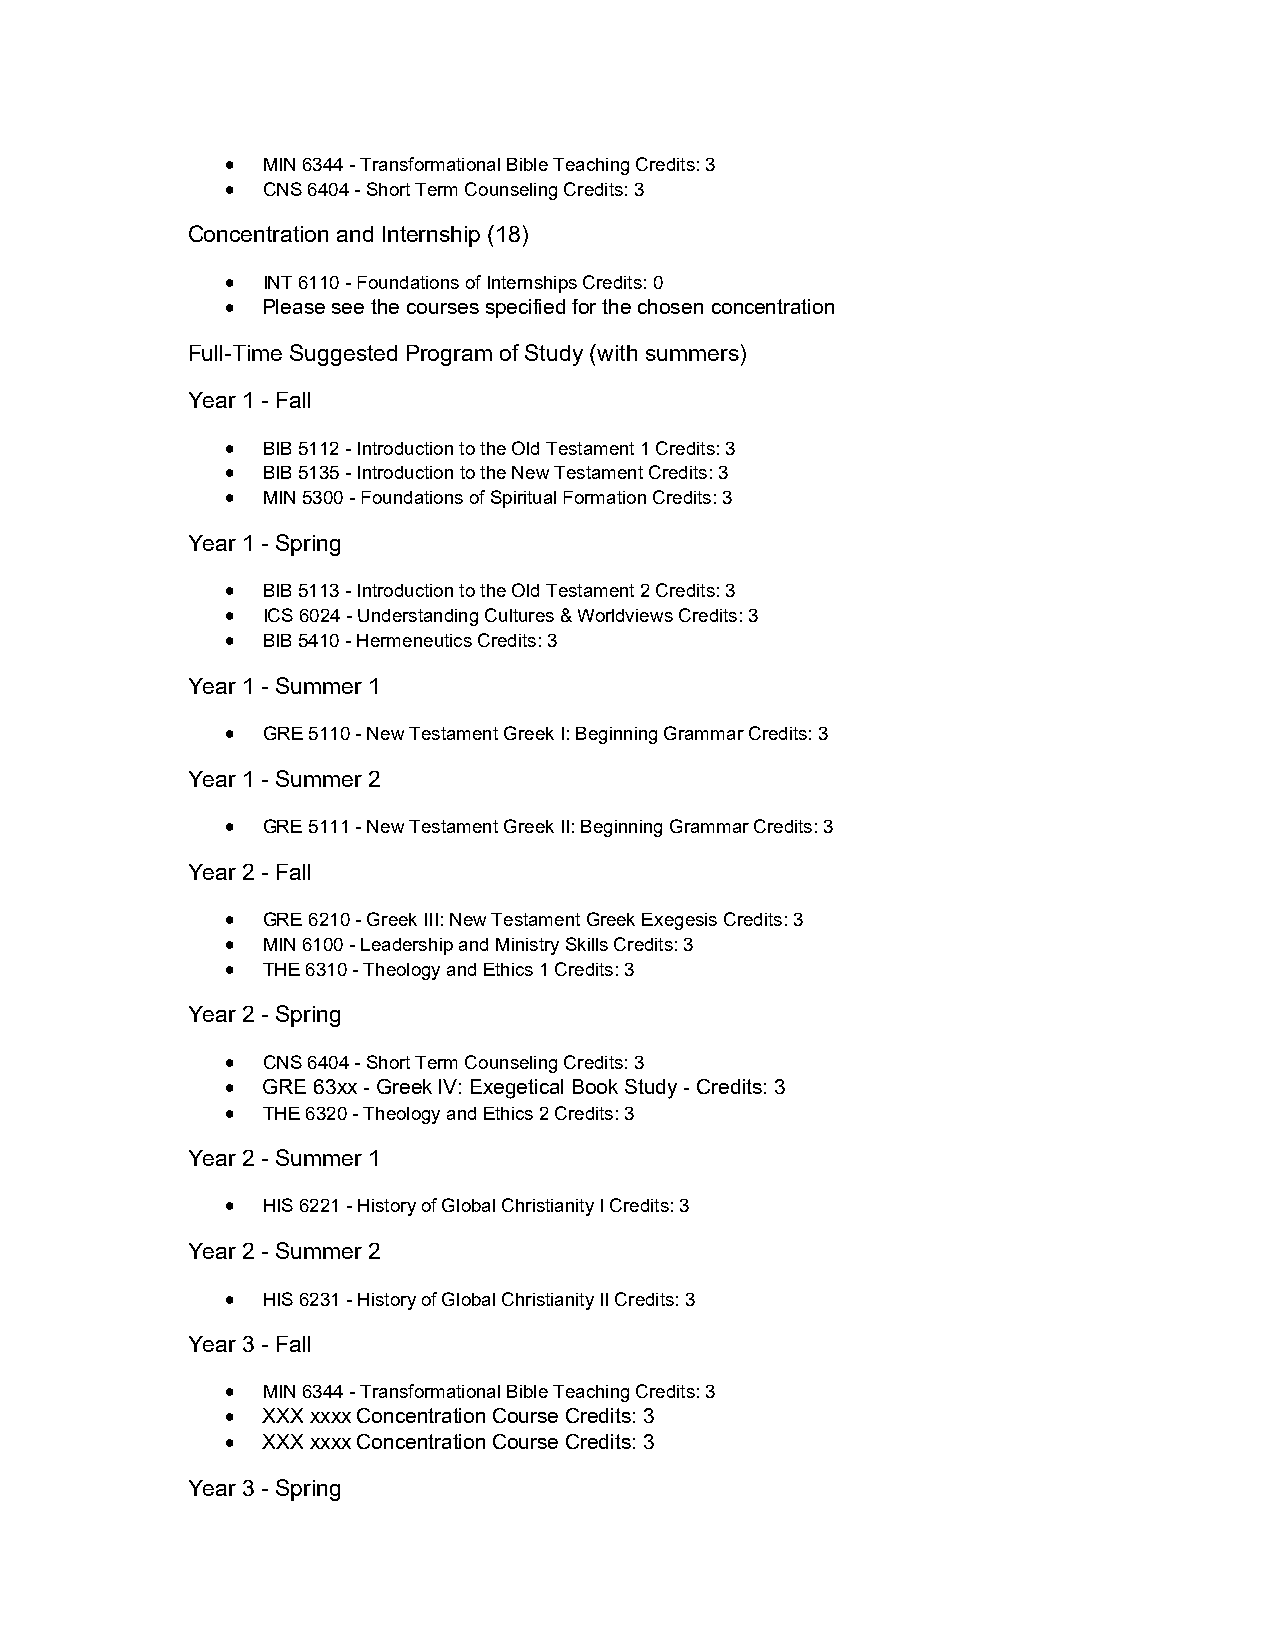
 MIN 6344 - Transformational Bible Teaching Credits: 3
  CNS 6404 - Short Term Counseling Credits: 3
 Concentration and Internship (18)
  INT 6110 - Foundations of Internships Credits: 0
  Please see the courses specified for the chosen concentration
 Full-Time Suggested Program of Study (with summers)
 Year 1 - Fall
  BIB 5112 - Introduction to the Old Testament 1 Credits: 3
  BIB 5135 - Introduction to the New Testament Credits: 3
  MIN 5300 - Foundations of Spiritual Formation Credits: 3
 Year 1 - Spring
  BIB 5113 - Introduction to the Old Testament 2 Credits: 3
  ICS 6024 - Understanding Cultures & Worldviews Credits: 3
  BIB 5410 - Hermeneutics Credits: 3
 Year 1 - Summer 1
  GRE 5110 - New Testament Greek I: Beginning Grammar Credits: 3
 Year 1 - Summer 2
  GRE 5111 - New Testament Greek II: Beginning Grammar Credits: 3
 Year 2 - Fall
  GRE 6210 - Greek III: New Testament Greek Exegesis Credits: 3
  MIN 6100 - Leadership and Ministry Skills Credits: 3
  THE 6310 - Theology and Ethics 1 Credits: 3
 Year 2 - Spring
  CNS 6404 - Short Term Counseling Credits: 3
  GRE 63xx - Greek IV: Exegetical Book Study - Credits: 3
  THE 6320 - Theology and Ethics 2 Credits: 3
 Year 2 - Summer 1
  HIS 6221 - History of Global Christianity I Credits: 3
 Year 2 - Summer 2
  HIS 6231 - History of Global Christianity II Credits: 3
 Year 3 - Fall
  MIN 6344 - Transformational Bible Teaching Credits: 3
  XXX xxxx Concentration Course Credits: 3
  XXX xxxx Concentration Course Credits: 3
 Year 3 - Spring